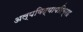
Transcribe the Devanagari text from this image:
अल्पविद्यापरिग्रह